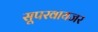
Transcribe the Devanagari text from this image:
सूपरवायजर